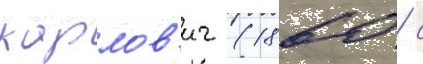
карлов'ич (1860 / с